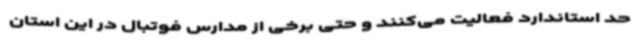
حد استاندارد فعالیت می‌کنند و حتی برخی از مدارس فوتبال در این استان